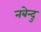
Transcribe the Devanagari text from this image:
नबेन्दु